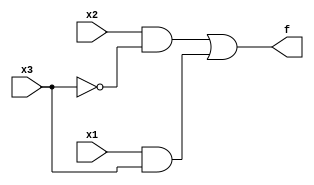
module top_module( 
    input x3,
    input x2,
    input x1,  // three inputs
    output f   // one output
);
    
    assign f = (x2&(~x3)) | (x1&x3); 

endmodule